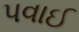
પવાઈ